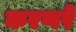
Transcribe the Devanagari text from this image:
करणरे